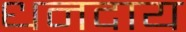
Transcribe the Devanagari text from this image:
धनदाय